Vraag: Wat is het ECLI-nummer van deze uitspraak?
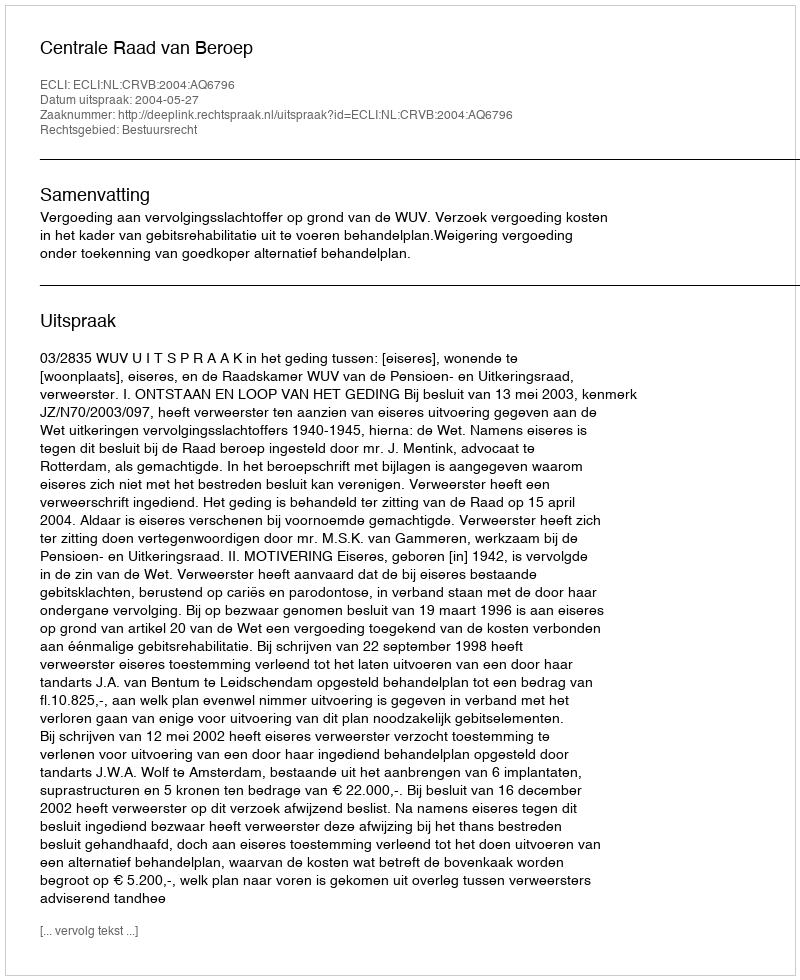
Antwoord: ECLI:NL:CRVB:2004:AQ6796